Physiological action of certain drugs in tablet form - Number 52A
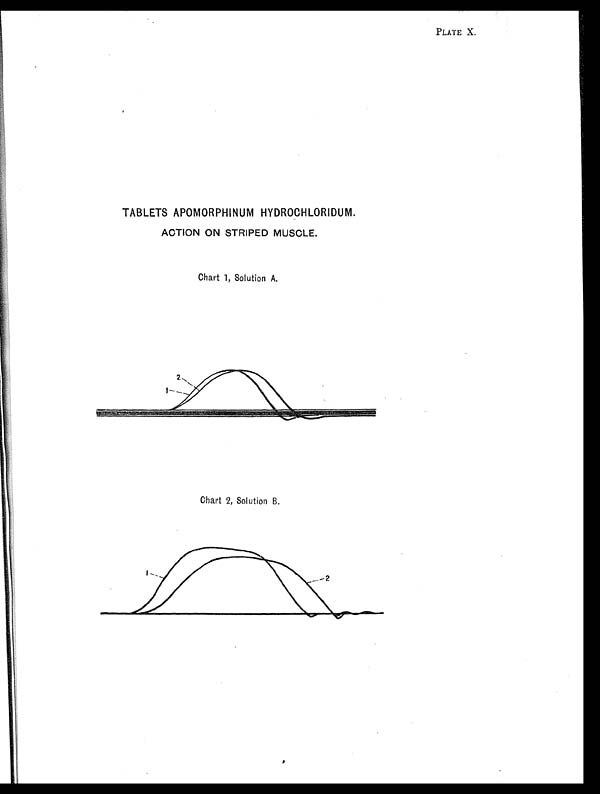
PLATE X.
TABLETS APOMORPHINUM HYDROCHLORIDUM.
ACTION ON STRIPED MUSCLE.
Chart 1, Solution A.
Chart 2, Solution B.